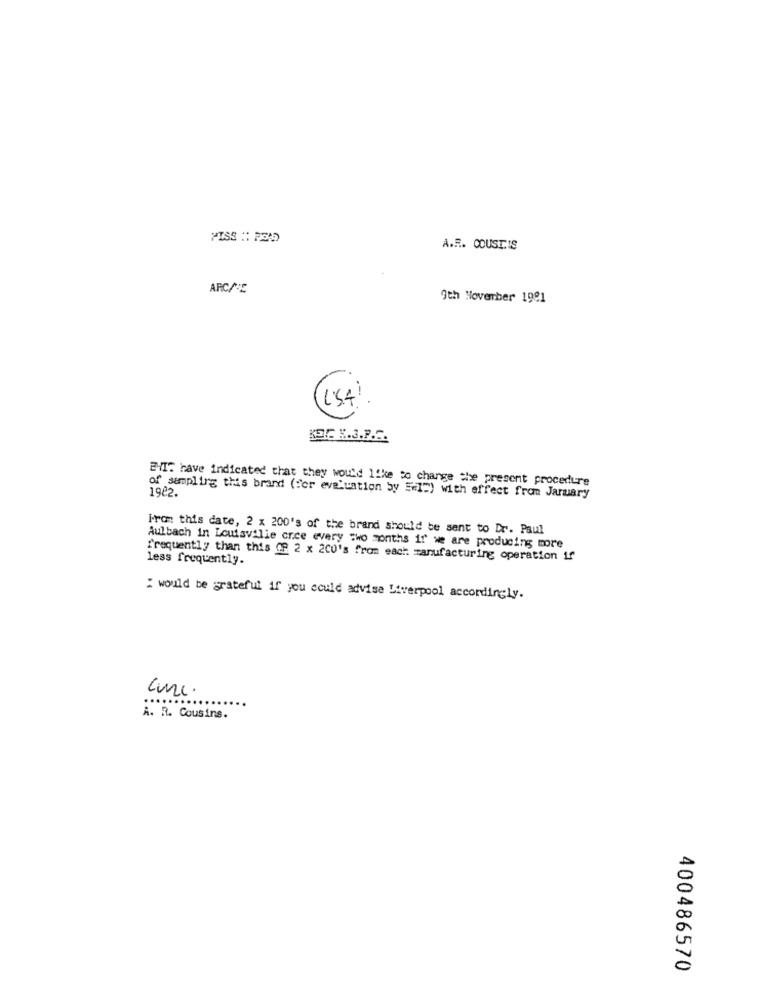
MISS :: POMD
A.R. COUST.IS
ARC/VC
9th November 1991
(154)
KEIC K.3.P.S.
EVI: have indicated that they would like to change the present procedure
1922.
of sampling this brand (for evaluation by 51") with effect from January
Front this date, 2 x 200's of the brand should be sent to Dr. Paul
Aulbach in Louisville cree every two months if we are producing more
frequently than this OR 2 x 200's from each manufacturing operation if
less frequently.
: would be grateful if you could advise Liverpool accordingly.
A. R. Cousins.
400486570